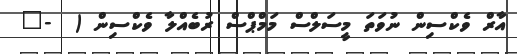
އާރް ވެކްސިން ނުވަތަ މީސަލްސް މަމްޕްސް ރުބެއްލާ ވެކްސިން (  -?